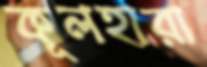
কূলহারা